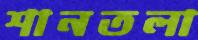
শানতলা